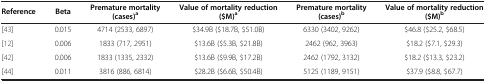
<table><thead><tr><td><b>Reference</b></td><td><b>Beta</b></td><td><b>Premature mortality (cases)<sup>a</sup></b></td><td><b>Value of mortality reduction ($M)<sup>a</sup></b></td><td><b>Premature mortality (cases)<sup>b</sup></b></td><td><b>Value of mortality reduction ($M)<sup>b</sup></b></td></tr></thead><tbody><tr><td>[43]</td><td>0.015</td><td>4714 (2533, 6897)</td><td>$34.9B ($18.7B, $51.0B)</td><td>6330 (3402, 9262)</td><td>$46.8 ($25.2, $68.5)</td></tr><tr><td>[12]</td><td>0.006</td><td>1833 (717, 2951)</td><td>$13.6B ($5.3B, $21.8B)</td><td>2462 (962, 3963)</td><td>$18.2 ($7.1, $29.3)</td></tr><tr><td>[42]</td><td>0.006</td><td>1833 (1335, 2332)</td><td>$13.6B ($9.9B, $17.2B)</td><td>2462 (1792, 3132)</td><td>$18.2 ($13.3, $23.2)</td></tr><tr><td>[44]</td><td>0.011</td><td>3816 (886, 6814)</td><td>$28.2B ($6.6B, $50.4B)</td><td>5125 (1189, 9151)</td><td>$37.9 ($8.8, $67.7)</td></tr></tbody></table>